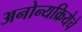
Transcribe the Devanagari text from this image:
अनोन्यक्रियेचे